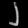
Digit: ၂